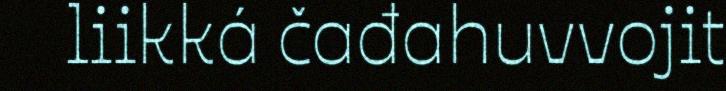
liikká čađahuvvojit